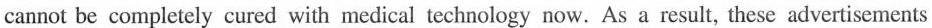
cannot be completely cured with medical technology now. As a result, these advertisements